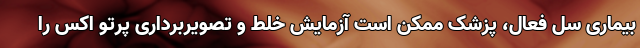
بیماری سل فعال، پزشک ممکن است آزمایش خلط و تصویربرداری پرتو اکس را